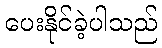
ပေးနိုင်ခဲ့ပါသည်